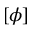
[ \phi ]